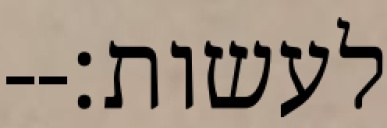
לעשות׃--